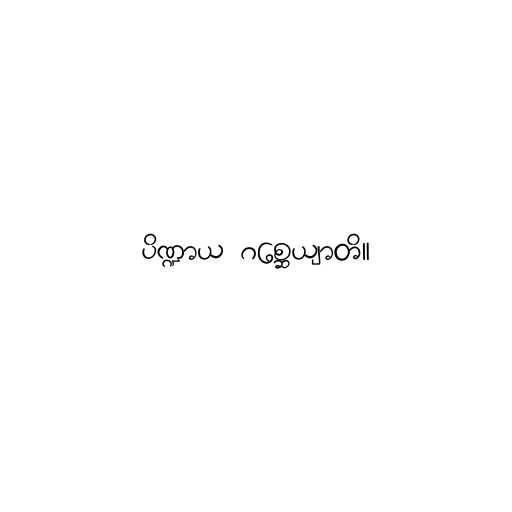
ပိဏ္ဍာယ ဂစ္ဆေယျာတိ။